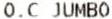
O.C JUMBO